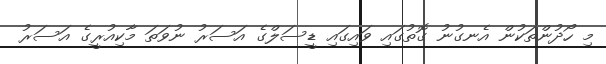
މި ހޯދުންތަކުން އެނގުނު ގޮތުގައި ވައިގައި ޑީސަލްގެ އަސަރު ނުވަތަ މާކިއުރީގެ އަސަރު